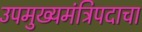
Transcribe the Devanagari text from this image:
उपमुख्यमंत्रिपदाचा